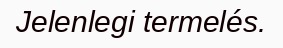
Jelenlegi termelés.